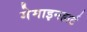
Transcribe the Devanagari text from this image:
गेमाइनहार्ट